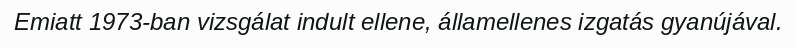
Emiatt 1973-ban vizsgálat indult ellene, államellenes izgatás gyanújával.